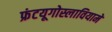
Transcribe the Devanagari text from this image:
फ्रंटयूगोस्लावियामें